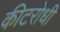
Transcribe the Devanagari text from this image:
कीटरोधी